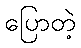
ပြောတဲ့